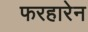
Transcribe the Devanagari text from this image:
फरहारेन